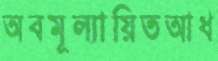
অবমূল্যায়িতআধ